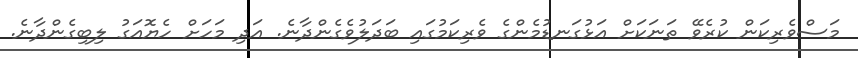
މަސްވެރިކަން ކުރެވޭ ތަނަކަށް އަޅުގަނޑުމެންގެ ވެރިކަމުގައި ބަދަލުވެގެންދާނެ. އަދި މަހަށް ހެޔޮއަގު ލިބިގެންދާނެ.